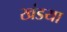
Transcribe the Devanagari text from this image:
खंडया